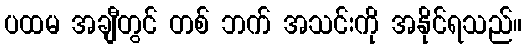
ပထမ အချီတွင် တစ် ဘက် အသင်းကို အနိုင်ရသည်။